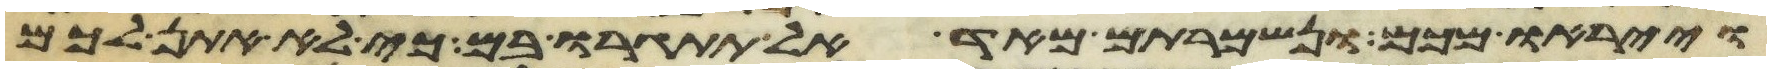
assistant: וייראו מכם ונשמרתם מאד אל תתגרו בם כי לא אתן לכם